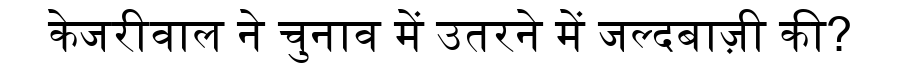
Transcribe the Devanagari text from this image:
केजरीवाल ने चुनाव में उतरने में जल्दबाज़ी की?